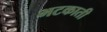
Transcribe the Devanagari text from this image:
भटकाती